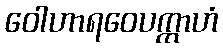
ဝေါဟာရဝေပက္ကာဟံ